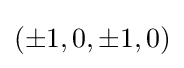
(\pm 1,0,\pm 1,0)